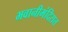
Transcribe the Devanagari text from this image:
भवानीमंदिरात